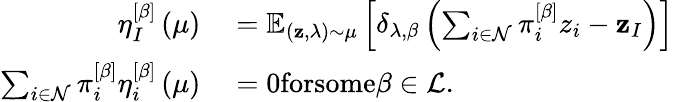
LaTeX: \begin{array}{rl}{\eta_{I}^{\left[\beta\right]}\left(\mu\right)}&{{}=\mathbb{E}_{\left(\mathbf{z},\lambda\right)\sim\mu}\left[\delta_{\lambda,\beta}\left(\sum_{i\in\mathcal{N}}\pi_{i}^{\left[\beta\right]}z_{i}-\mathbf{z}_{I}\right)\right]}\\ {\sum_{i\in\mathcal{N}}\pi_{i}^{\left[\beta\right]}\eta_{i}^{\left[\beta\right]}\left(\mu\right)}&{{}=0\textrm{forsome}\beta\in\mathcal{L}.}\end{array}